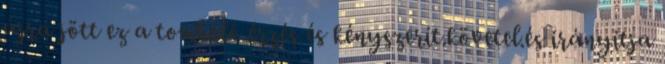
újra jött ez a tomboló érzés és kényszerít.követel.és irányítja